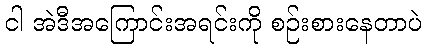
ငါ အဲဒီအကြောင်းအရင်းကို စဉ်းစားနေတာပဲ